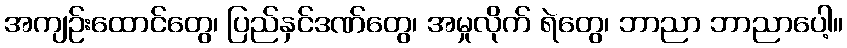
အကျဉ်းထောင်တွေ၊ ပြည်နှင်ဒဏ်တွေ၊ အမှုလိုက် ရဲတွေ၊ ဘာညာ ဘာညာပေါ့။